Mediterranean fever in India - Number 22
Disease focus: Fever
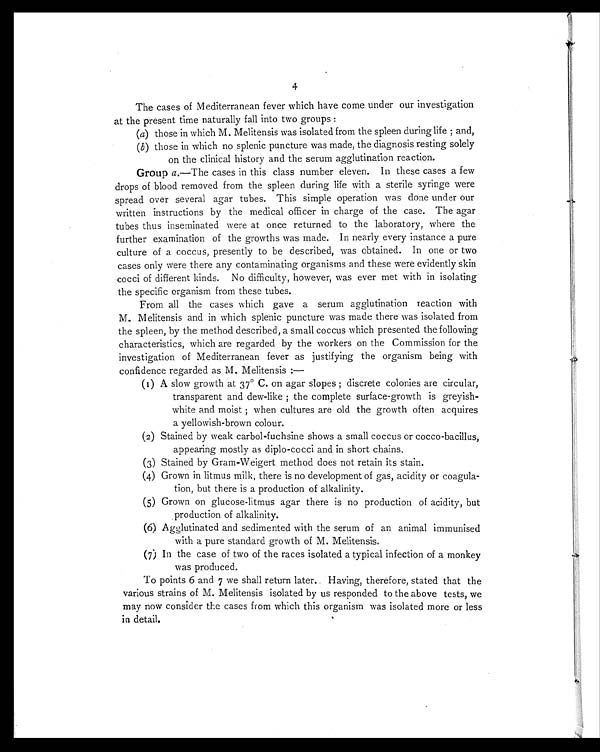
4
The cases of Mediterranean fever which have come under our investigation
at the present time naturally fall into two groups :
(a) those in which M. Melitensis was isolated from the spleen during life ; and,
(b) those in which no splenic puncture was made, the diagnosis resting solely
on the clinical history and the serum agglutination reaction.
Group a .—The cases in this class number eleven. In these cases a few
drops of blood removed from the spleen during life with a sterile syringe were
spread over several agar tubes. This simple operation was done under our
written instructions by the medical officer in charge of the case. The agar
tubes thus inseminated were at once returned to the laboratory, where the
further examination of the growths was made. In nearly every instance a pure
culture of a coccus, presently to be described, was obtained. In one or two
cases only were there any contaminating organisms and these were evidently skin
cocci of different kinds. No difficulty, however, was ever met with in isolating
the specific organism from these tubes.
From all the cases which gave a serum agglutination reaction with
M. Melitensis and in which splenic puncture was made there was isolated from
the spleen, by the method described, a small coccus which presented the following
characteristics, which are regarded by the workers on the Commission for the
investigation of Mediterranean fever as justifying the organism being with
confidence regarded as M. Melitensis :—
(1) A slow growth at 37° C. on agar slopes ; discrete colonies are circular,
transparent and dew-like ; the complete surface-growth is greyish-
white and moist ; when cultures are old the growth often acquires
a yellowish-brown colour.
(2) Stained by weak carbol-fuchsine shows a small coccus or cocco-bacillus,
appearing mostly as diplo-cocci and in short chains.
(3) Stained by Gram-Weigert method does not retain its stain.
(4) Grown in litmus milk, there is no development of gas, acidity or coagula-
tion, but there is a production of alkalinity.
(5) Grown on glucose-litmus agar there is no production of acidity, but
production of alkalinity.
(6) Agglutinated and sedimented with the serum of an animal immunised
with a pure standard growth of M. Melitensis.
(7) In the case of two of the races isolated a typical infection of a monkey
was produced.
To points 6 and 7 we shall return later. Having, therefore, stated that the
various strains of M. Melitensis isolated by us responded to the above tests, we
may now consider the cases from which this organism was isolated more or less
in detail.